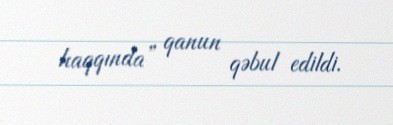
haqqında” qanun qəbul edildi.